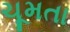
ચૂમતા